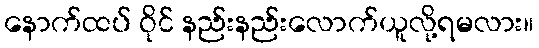
နောက်ထပ် ဝိုင် နည်းနည်းလောက်ယူလို့ရမလား။